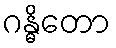
ဂန္ဓိတော